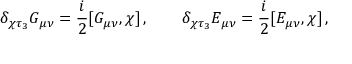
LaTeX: \delta _ { \chi \tau _ { 3 } } G _ { \mu \nu } = \frac i 2 [ G _ { \mu \nu } , \chi ] \, , \qquad \delta _ { \chi \tau _ { 3 } } E _ { \mu \nu } = \frac i 2 [ E _ { \mu \nu } , \chi ] \, ,